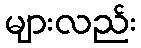
များလည်း